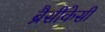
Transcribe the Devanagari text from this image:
ब्रैसीकेसी